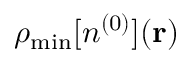
\rho _ { \mathrm { m i n } } [ n ^ { ( 0 ) } ] ( { \bf r } )